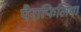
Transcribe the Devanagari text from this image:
पैराफिलिया